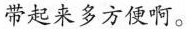
带起来多方便啊。